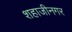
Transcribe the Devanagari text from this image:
शहाजीनगर